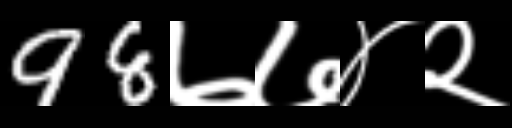
Text: 98७७४२